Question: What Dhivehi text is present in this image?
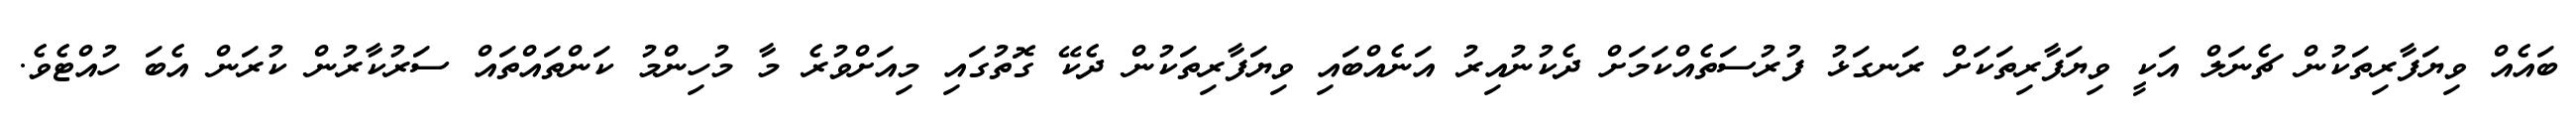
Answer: ބައެއް ވިޔަފާރިތަކުން ޗެނަލް އަކީ ވިޔަފާރިތަކަށް ރަނގަޅު ފުރުސަތެއްކަމަށް ދެކުނުއިރު އަނެއްބައި ވިޔަފާރިތަކުން ދެކޭ ގޮތުގައި މިއަށްވުރެ މާ މުހިންމު ކަންތައްތައް ސަރުކާރުން ކުރަން އެބަ ހުއްޓެވެ.